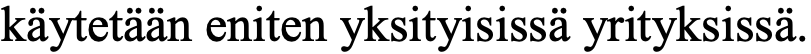
käytetään eniten yksityisissä yrityksissä.